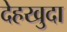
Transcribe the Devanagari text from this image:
देहखुदा